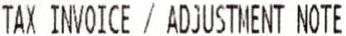
TAX INVOICE / ADJUSTMENT NOTE